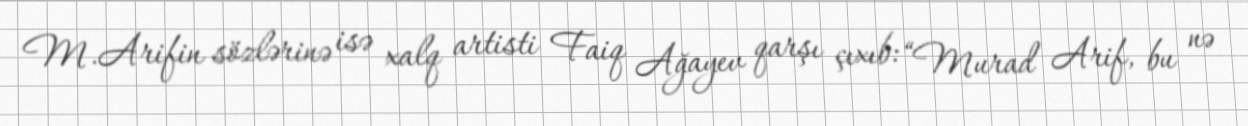
M.Arifin sözlərinə isə xalq artisti Faiq Ağayev qarşı çıxıb: “Murad Arif, bu nə